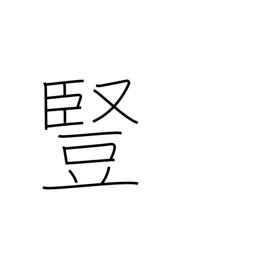
Meaning: vertical